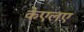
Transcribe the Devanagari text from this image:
केएलए